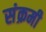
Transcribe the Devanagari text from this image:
संक्रमी